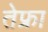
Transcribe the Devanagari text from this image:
तेफ्रा